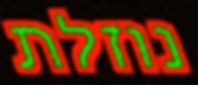
נוזלת